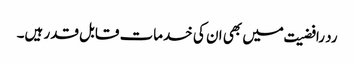
رد رافضیت میں بھی ان کی خدمات قابل قدر ہیں۔